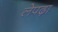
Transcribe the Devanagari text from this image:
लेपढ़ा